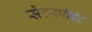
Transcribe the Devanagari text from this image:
सेंटरपॉइंट